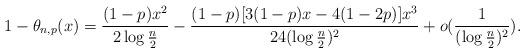
LaTeX: \begin{align*}1-\theta_{n,p}(x)=\frac{(1-p)x^2}{2\log \frac{n}{2}}-\frac{(1-p)[3(1-p)x-4(1-2p)]x^{3}}{24(\log \frac{n}{2})^{2}}+o(\frac{1}{(\log \frac{n}{2})^{2}}).\end{align*}